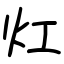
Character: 灴